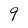
Character: 9